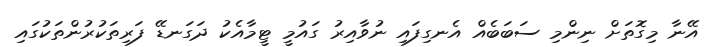
އޭނާ މިގޮތަށް ނިންމި ސަބަބެއް އެނގިފައި ނުވާއިރު ގައުމީ ޓީމާއެކު ދަގަނޑޭ ފަރިތަކުރުންތަކުގައި